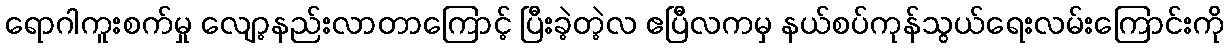
ရောဂါကူးစက်မှု လျော့နည်းလာတာကြောင့် ပြီးခဲ့တဲ့လ ဧပြီလကမှ နယ်စပ်ကုန်သွယ်ရေးလမ်းကြောင်းကို